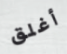
أغلق